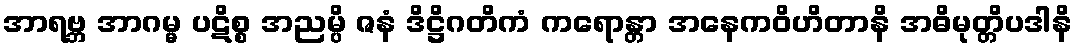
အာရဗ္ဘ အာဂမ္မ ပဋိစ္စ အညမ္ပိ ဇနံ ဒိဋ္ဌိဂတိကံ ကရောန္တာ အနေကဝိဟိတာနိ အဓိမုတ္တိပဒါနိ